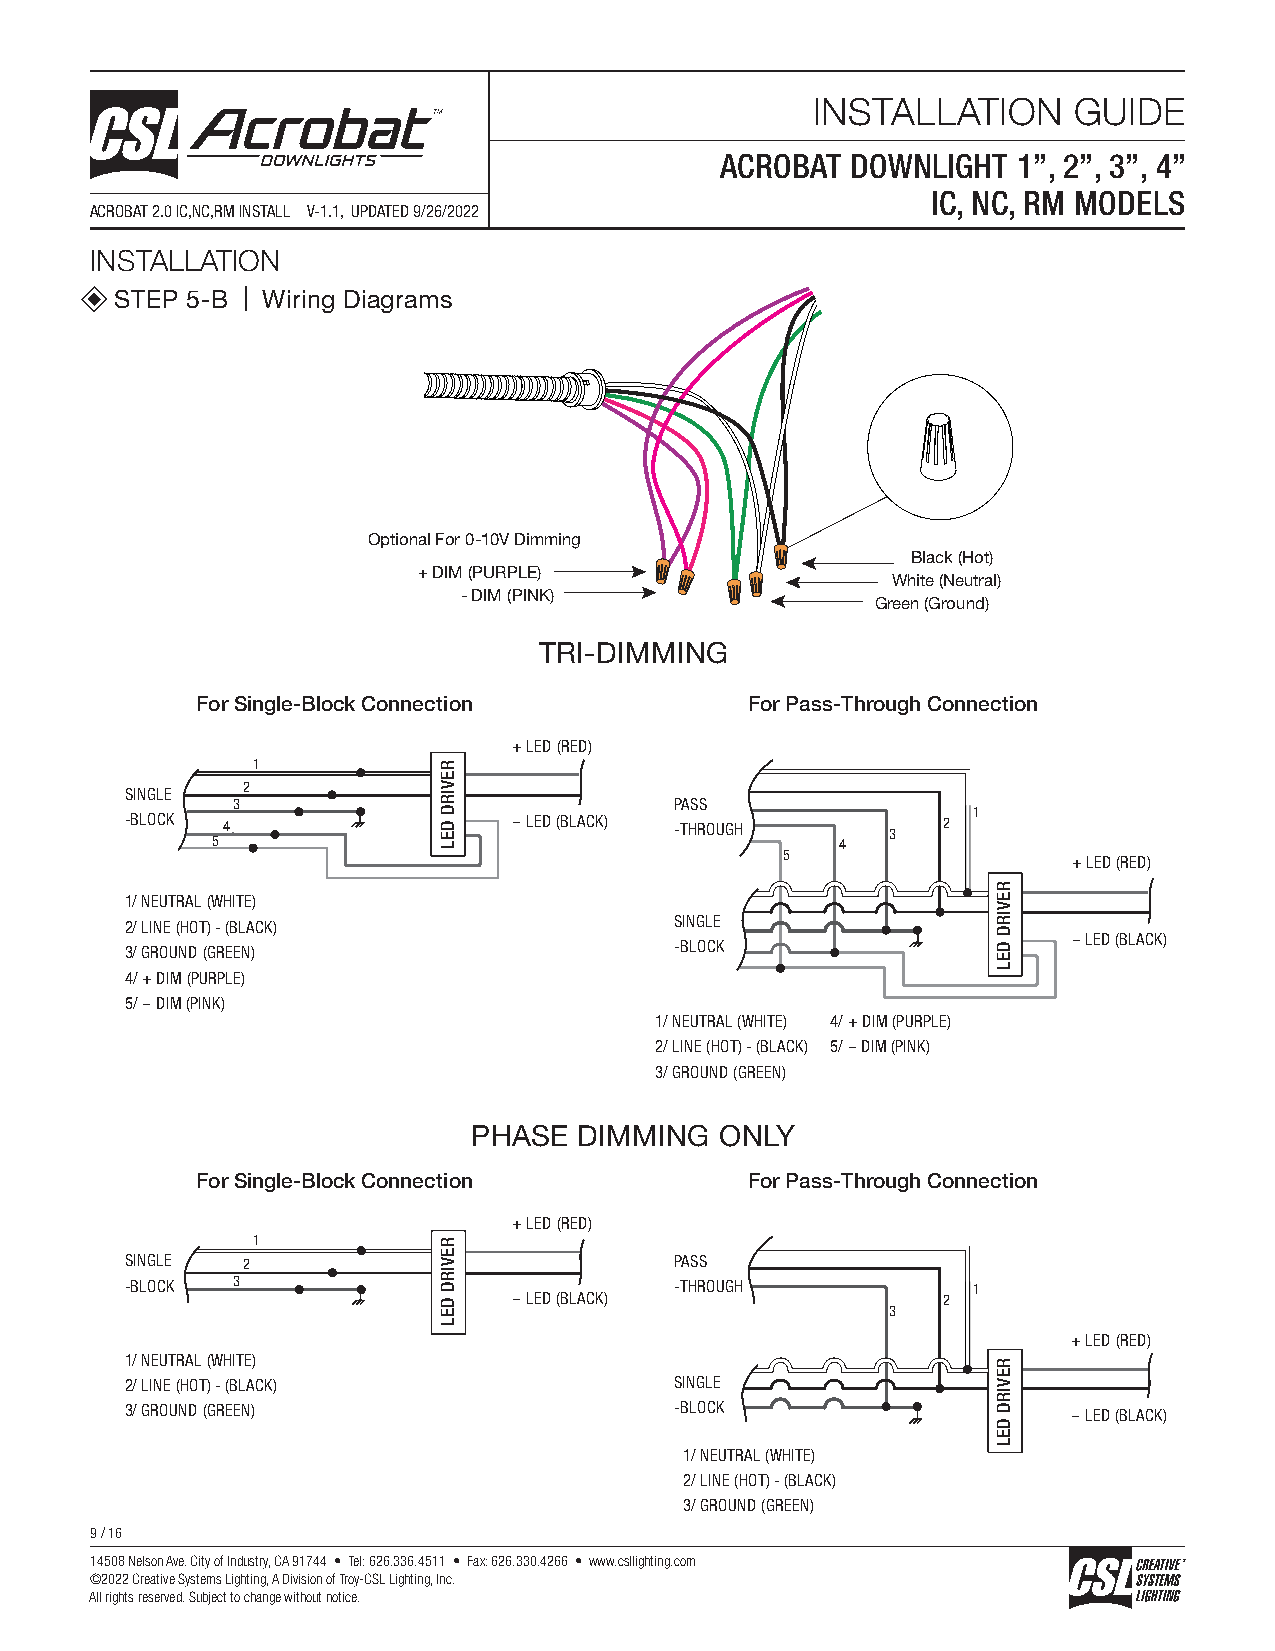
INSTALLATION     GUIDE
 ACROBAT DOWNLIGHT  1”, 2”, 3”, 4”
 IC, NC, RM MODELS
 ACROBAT 2.0 IC,NC,RM INSTALL V-1.1, UPDATED 9/26/2022
 INSTALLATION
 STEP 5-B | Wiring Diagrams
 Optional For 0-10V Dimming
 Black (Hot)
 + DIM (PURPLE)
 White (Neutral)
 - DIM (PINK)
 Green (Ground)
 TRI-DIMMING
 For Single-Block Connection          For Pass-Through Connection
 + LED (RED)
 1
 SINGLE  2
 3                             PASS
 -BLOCK 4                  - LED (BLACK) -THROUGH   3  2 1
 5                                         4
 5
 + LED (RED)
 1/ NEUTRAL (WHITE)
 2/ LINE (HOT) - (BLACK)              SINGLE
 - LED (BLACK)
 3/ GROUND (GREEN)                    -BLOCK
 4/ + DIM (PURPLE)
 5/ - DIM (PINK)
 1/ NEUTRAL (WHITE) 4/ + DIM (PURPLE)
 2/ LINE (HOT) - (BLACK) 5/ - DIM (PINK)
 3/ GROUND (GREEN)
 PHASE  DIMMING   ONLY
 For Single-Block Connection          For Pass-Through Connection
 + LED (RED)
 1
 SINGLE  2                            PASS
 -BLOCK 3                             -THROUGH           1
 - LED (BLACK)               2
 3
 + LED (RED)
 1/ NEUTRAL (WHITE)
 2/ LINE (HOT) - (BLACK)              SINGLE
 3/ GROUND (GREEN)                    -BLOCK                    - LED (BLACK)
 1/ NEUTRAL (WHITE)
 2/ LINE (HOT) - (BLACK)
 3/ GROUND (GREEN)
 9 / 16
 14508 Nelson Ave. City of Industry, CA 91744 • Tel: 626.336.4511 • Fax: 626.330.4266 • www.csllighting.com
 ©2022 Creative Systems Lighting, A Division of Troy-CSL Lighting, Inc.
 All rights reserved. Subject to change without notice.
 REVIRD
 DEL
 REVIRD
 DEL
 REVIRD
 DEL
 REVIRD
 DEL